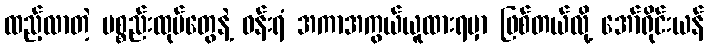
ထည့်လာတဲ့ ပစ္စည်းထုပ်တွေနဲ့ ဝန်းရံ အကာအကွယ်ယူထားရမှာ ဖြစ်တယ်လို့ အော်ရိုင်းယန်